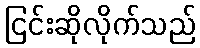
ငြင်းဆိုလိုက်သည်